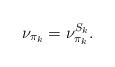
LaTeX: \begin{align*}\nu_{\pi_k} =\nu^{S_{k}}_{\pi_k}.\end{align*}